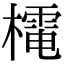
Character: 𭬋